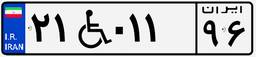
۵۸W۸۴۶۵۳